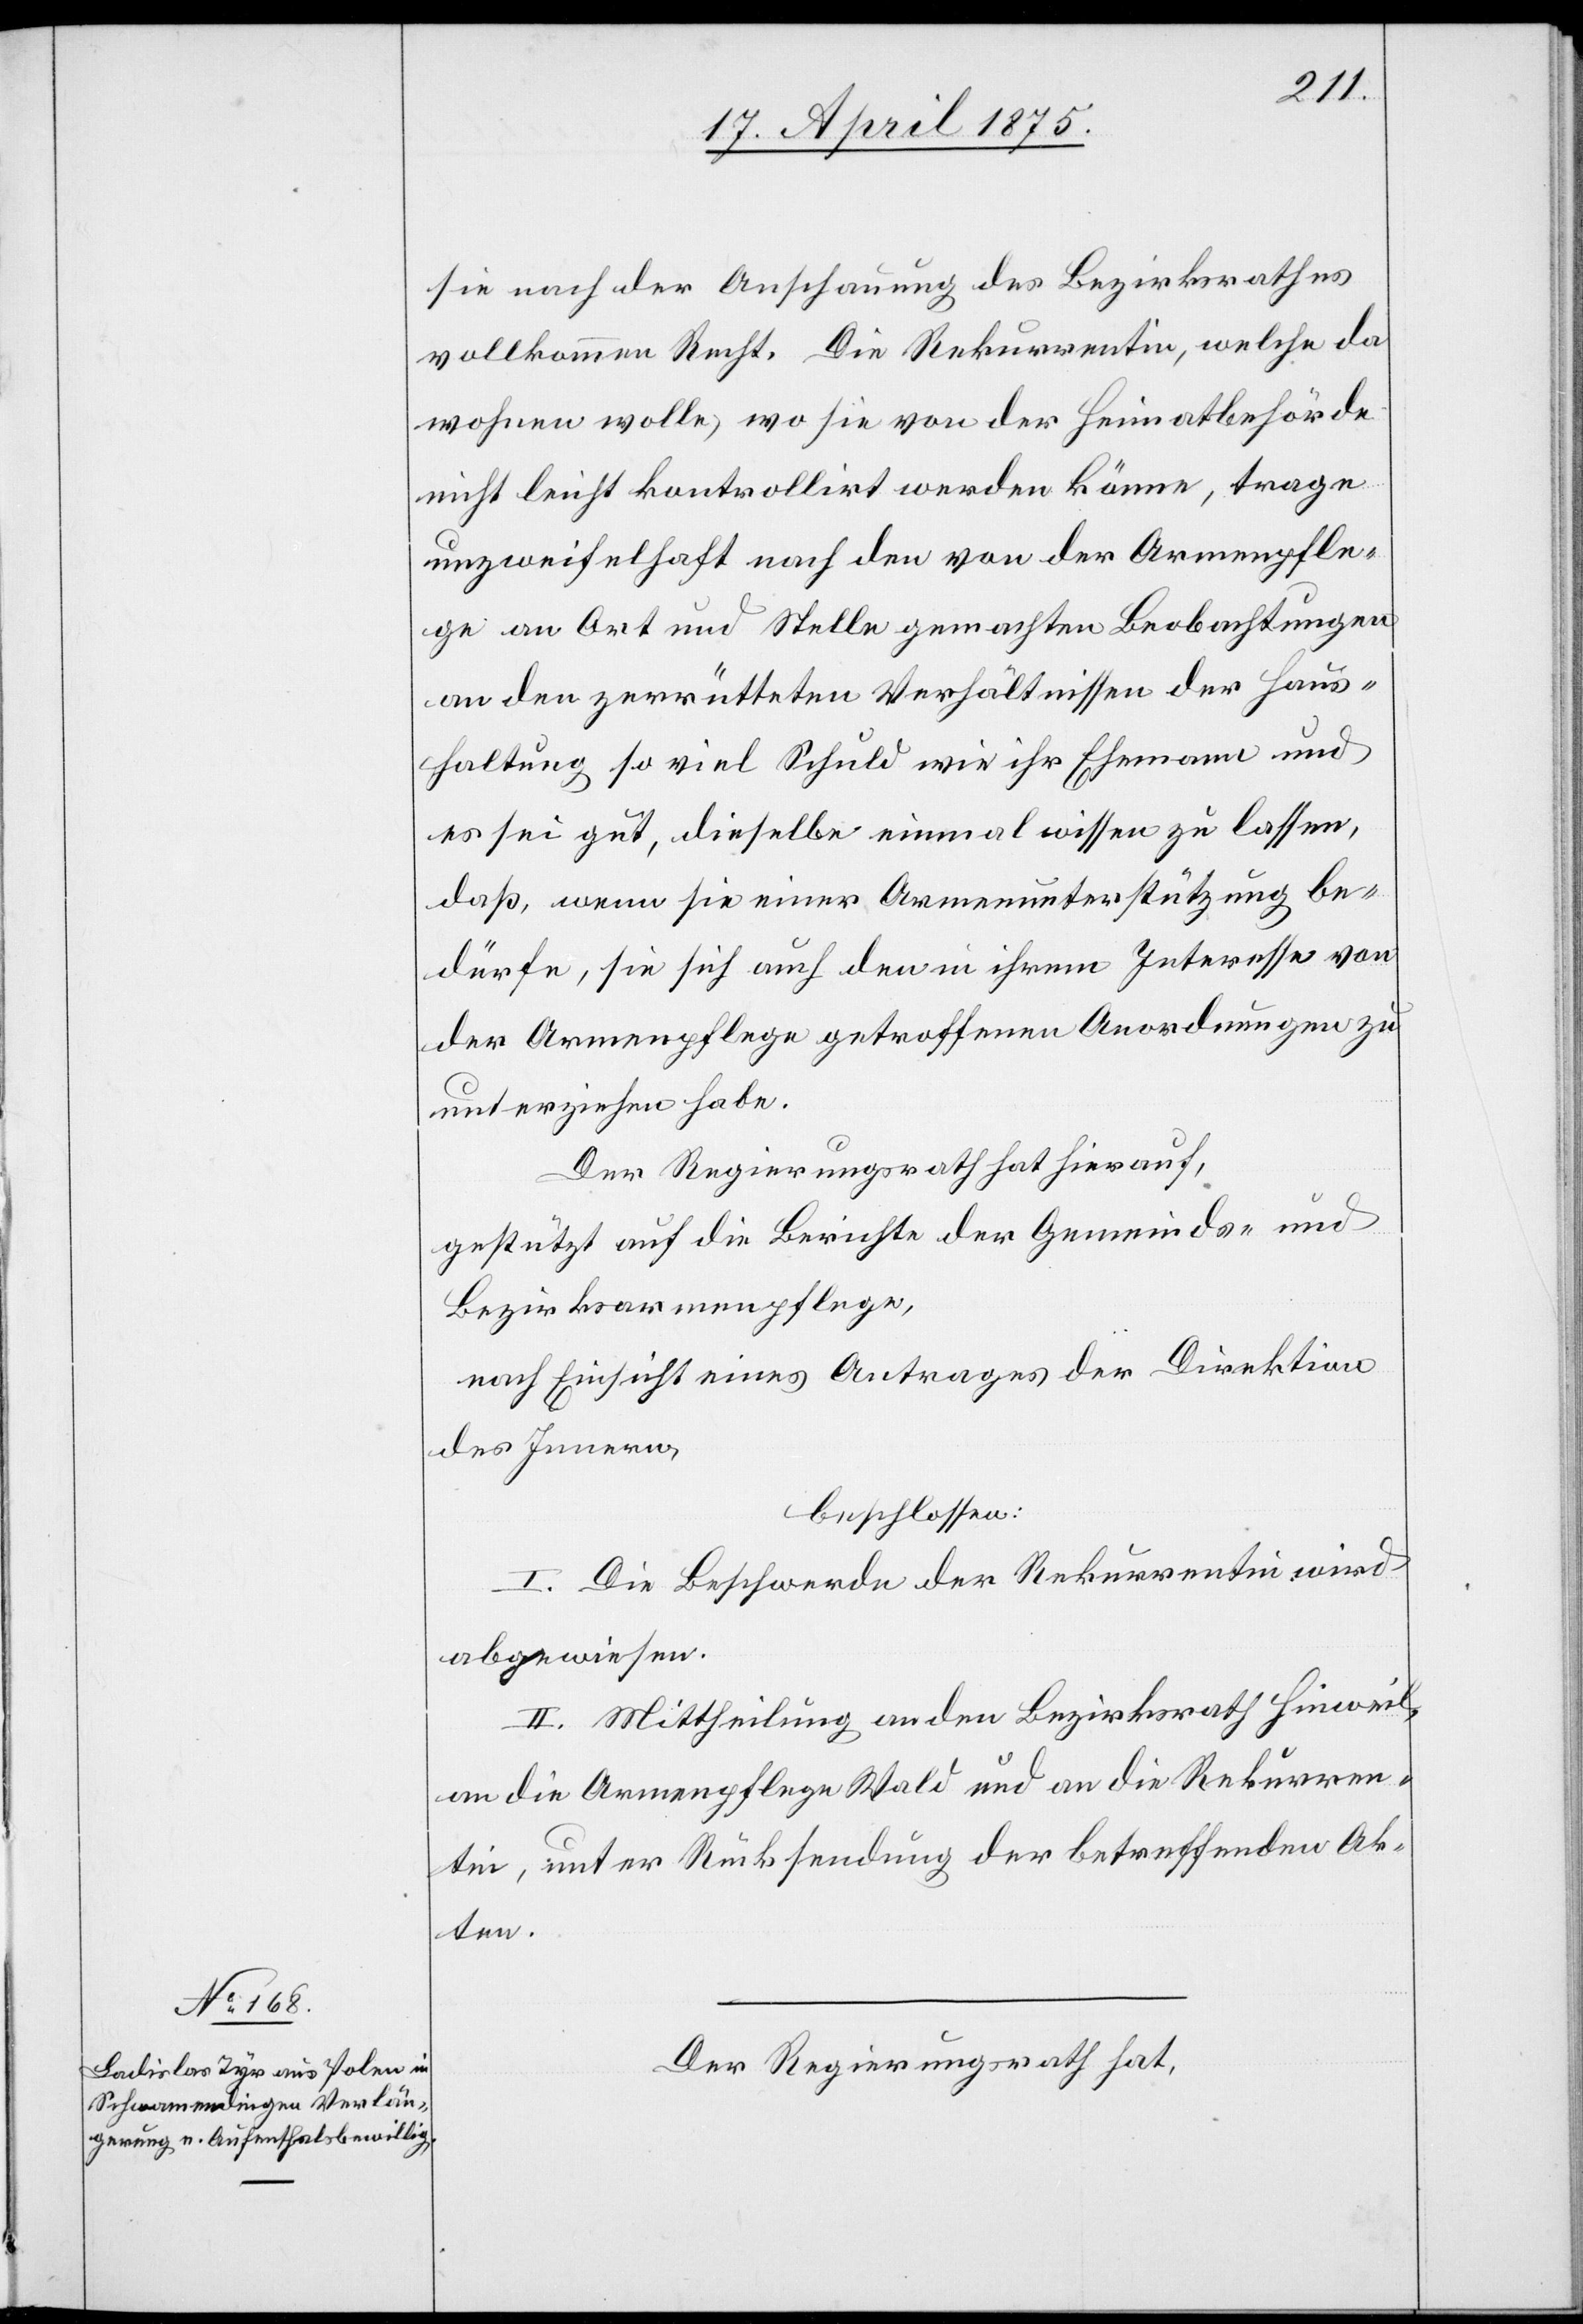
sie nach der Anschauung des Bezirksrathes
vollkommen Recht. Die Rekurrentin, welche da
wohnen wolle, wo sie von der Heimatbehörde
nicht leicht kontrollirt werden könne, trage
unzweifelhaft nach den von der Armenpfle¬
ge an Ort und Stelle gemachten Beobachtungen
an den zerrütteten Verhältnissen der Haus¬
haltung so viel Schuld wie ihr Ehemann und
es sei gut, dieselbe einmal wissen zu lassen,
daß wenn sie einer Armenunterstützung be¬
dürfe, sie sich auch den in ihrem Interesse von
der Armenpflege getroffenen Anordnungen zu
unterziehen habe.
Der Regierungsrath hat hierauf,
gestützt auf die Berichte der Gemeinds- und
Bezirksarmenpflege,
nach Einsicht eines Antrages der Direktion
des Innern,
beschlossen:
I. Die Beschwerde der Rekurrentin wird
abgewiesen.
II. Mittheilung an den Bezirksrath Hinweil,
an die Armenpflege Wald und an die Rekurren¬
tin, unter Rücksendung der betreffenden Ak¬
ten.
Der Regierungsrath hat,